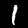
Digit: 1